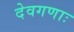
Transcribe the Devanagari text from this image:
देवगणाः